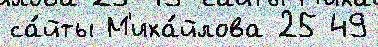
са́йты М'иха́йлова 25 49